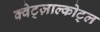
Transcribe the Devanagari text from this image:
क्वेट्ज़ाल्कोट्ल